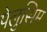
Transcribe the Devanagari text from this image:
पेलुसिम